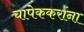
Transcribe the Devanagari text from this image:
चापेककरांना